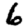
Digit: 6